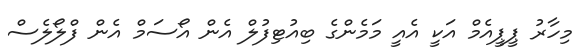
މިހާރު ޕީޕީއެމް އަކީ އެއީ މަމެންގެ ބިއުޓިފުލް އެން އޯސަމް އެން ފްލޯލެސް